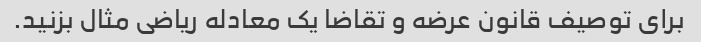
برای توصیف قانون عرضه و تقاضا یک معادله ریاضی مثال بزنید.